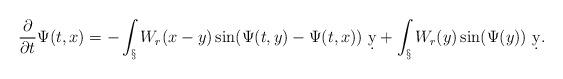
LaTeX: \begin{align*}\frac{\partial}{\partial t}\Psi(t,x) &= -\int_\S W_r(x-y)\sin(\Psi(t,y)-\Psi(t,x))\ \d y + \int_\S W_r(y)\sin(\Psi(y))\ \d y.\end{align*}